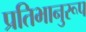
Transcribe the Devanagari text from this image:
प्रतिभानुरूप